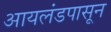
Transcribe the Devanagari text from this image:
आयलंडपासून